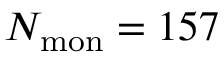
N _ { \mathrm { m o n } } = 1 5 7